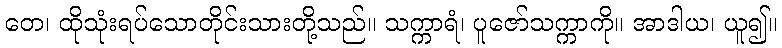
တေ၊ ထိုသုံးရပ်သောတိုင်းသားတို့သည်။ သက္ကာရံ၊ ပူဇော်သက္ကာကို။ အာဒါယ၊ ယူ၍။